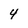
Character: 4